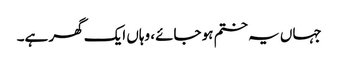
جہاں یہ ختم ہو جائے، وہاں ایک گھر ہے۔